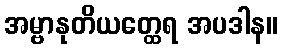
အမ္ဗာနုတိယတ္ထေရ အပဒါန။